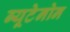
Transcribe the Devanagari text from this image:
ब्यूटेनोन